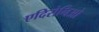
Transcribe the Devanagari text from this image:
एदिरोनिओ